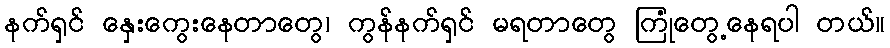
နက်ရှင် နှေးကွေးနေတာတွေ၊ ကွန်နက်ရှင် မရတာတွေ ကြုံတွေ့နေရပါ တယ်။